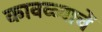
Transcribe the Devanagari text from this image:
कावळ्याचें